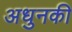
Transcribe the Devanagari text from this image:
अधुनकी